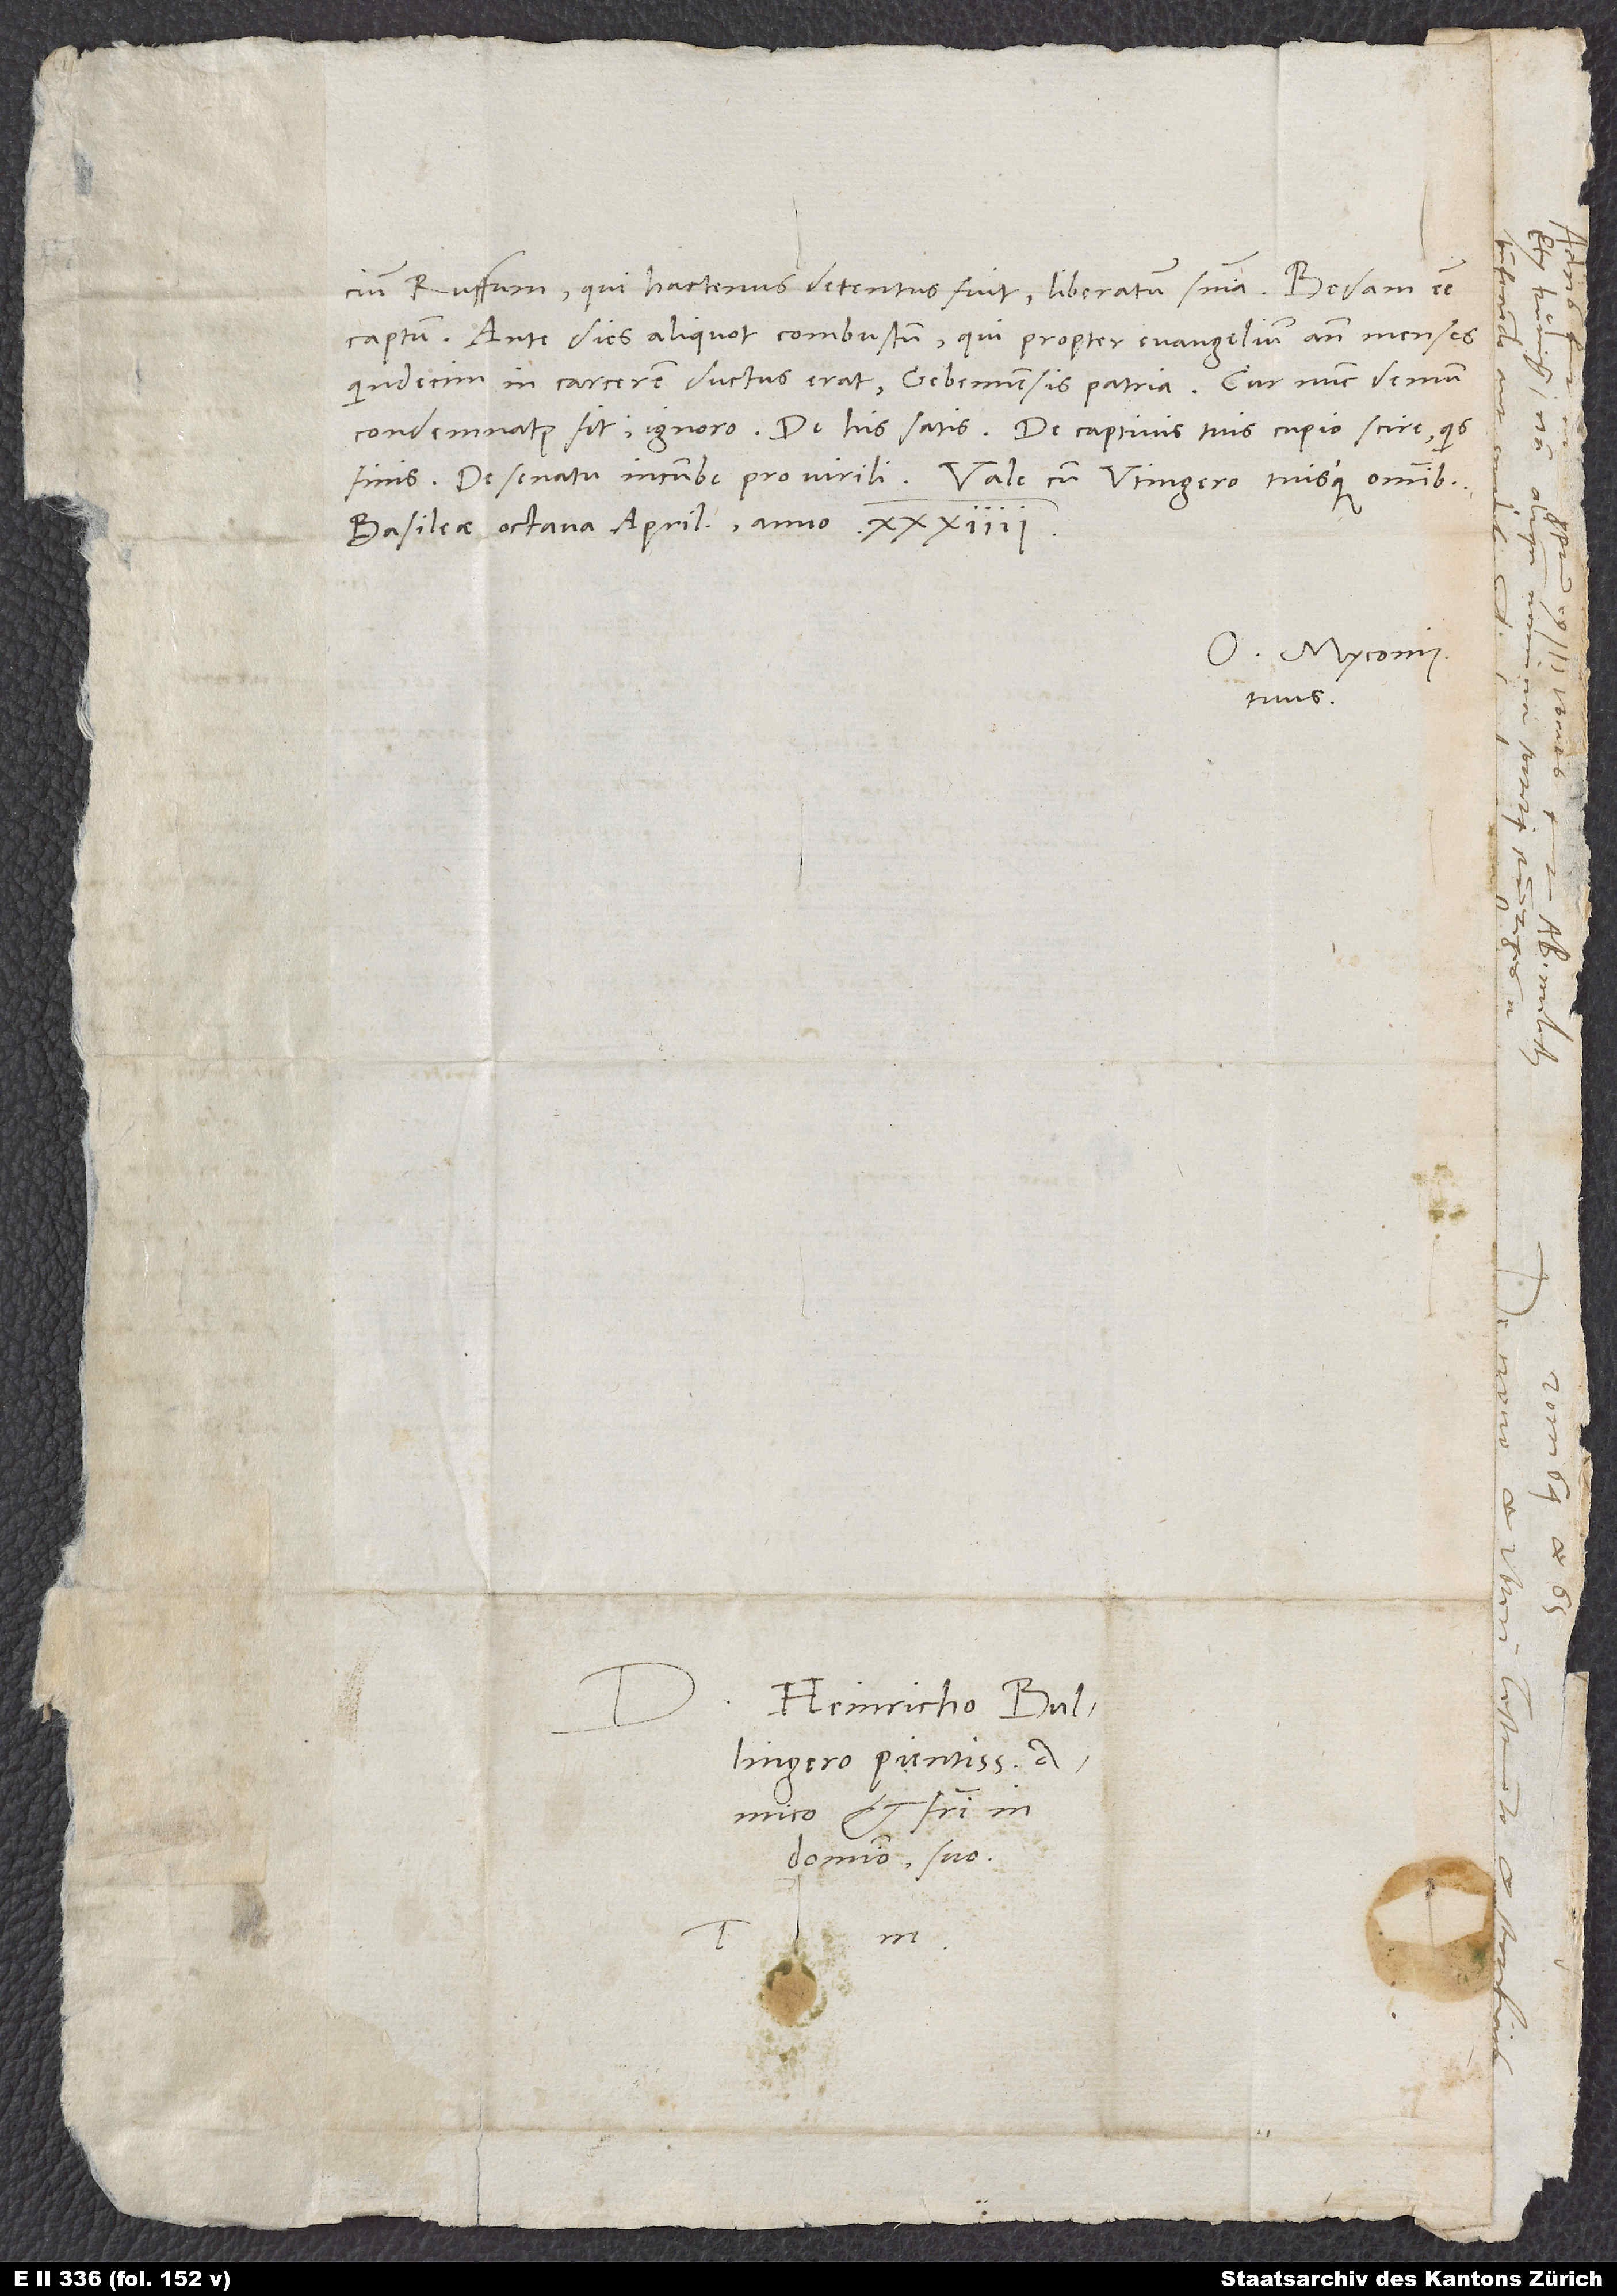
um Ruffum, qui hactenus detentus fuit, liberatum sententia. Bedam esse
captum. Ante dies 40 aliquot combustum, qui propter evangelium ante menses
quindecim in carcerem ductus erat Gebennensis patria. Cur nunc demum
Basileae, octava aprilis anno 34.
O. Myconius
tuus.
Heinricho Bullingero
amico et fratri in
domino suo.